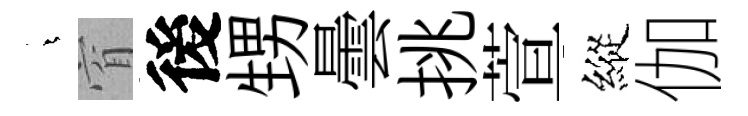
燁窅後甥曇挑萱縱伽